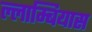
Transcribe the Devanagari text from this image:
ल्लाम्बियास